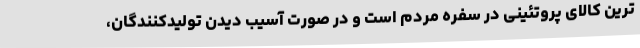
ترین کالای پروتئینی در سفره مردم است و در صورت آسیب دیدن تولیدکنندگان،